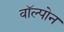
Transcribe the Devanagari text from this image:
वॉल्पोन